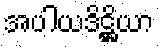
အပါယဒိဋ္ဌိယာ